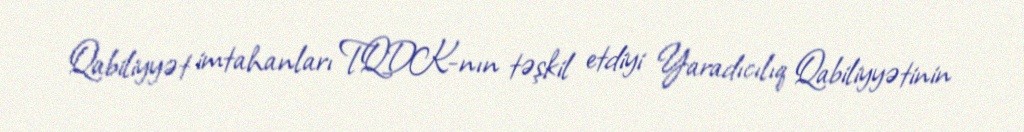
Qabiliyyət imtahanları TQDK-nın təşkil etdiyi Yaradıcılıq Qabiliyyətinin